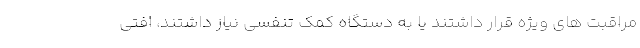
مراقبت های ویژه قرار داشتند یا به دستگاه کمک تنفسی نیاز داشتند، افتی